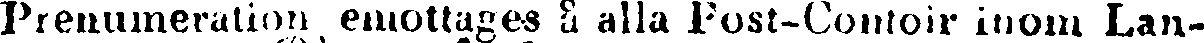
Prenumeration emottages å alla Post-Contoir inom Lan-